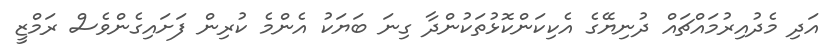
އަދި މެދުއިރުމައްޗައް ދުނިޔޭގެ އެކިކަންކޮޅުތަކުންދާ ގިނަ ބަޔަކު އެންމެ ކުރިން ފަށައިގެންވެސް ރަމްޒީ